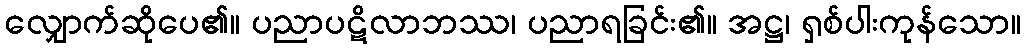
လျှောက်ဆိုပေ၏။ ပညာပဋိလာဘဿ၊ ပညာရခြင်း၏။ အဋ္ဌ၊ ရှစ်ပါးကုန်သော။